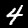
Label: 4